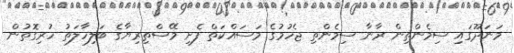
މަނަދޫގައި ސިމެންތިން ރާނާ ސިމެންތި ޖެހުމުގެ މަސައްކަތް ފެށި މޭސްތިރިޔާގެ ބަލިހާލަތު ހުރިގޮތުން